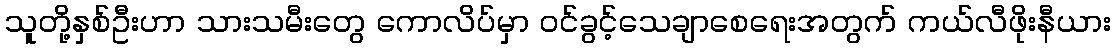
သူတို့နှစ်ဦးဟာ သားသမီးတွေ ကောလိပ်မှာ ဝင်ခွင့်သေချာစေရေးအတွက် ကယ်လီဖိုးနီယား